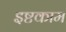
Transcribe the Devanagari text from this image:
इष्टकाम